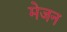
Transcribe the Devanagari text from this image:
मेजन